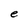
Character: e